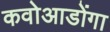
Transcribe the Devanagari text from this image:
कवोआडोंगा